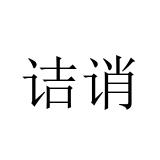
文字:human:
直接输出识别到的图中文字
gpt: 诘诮